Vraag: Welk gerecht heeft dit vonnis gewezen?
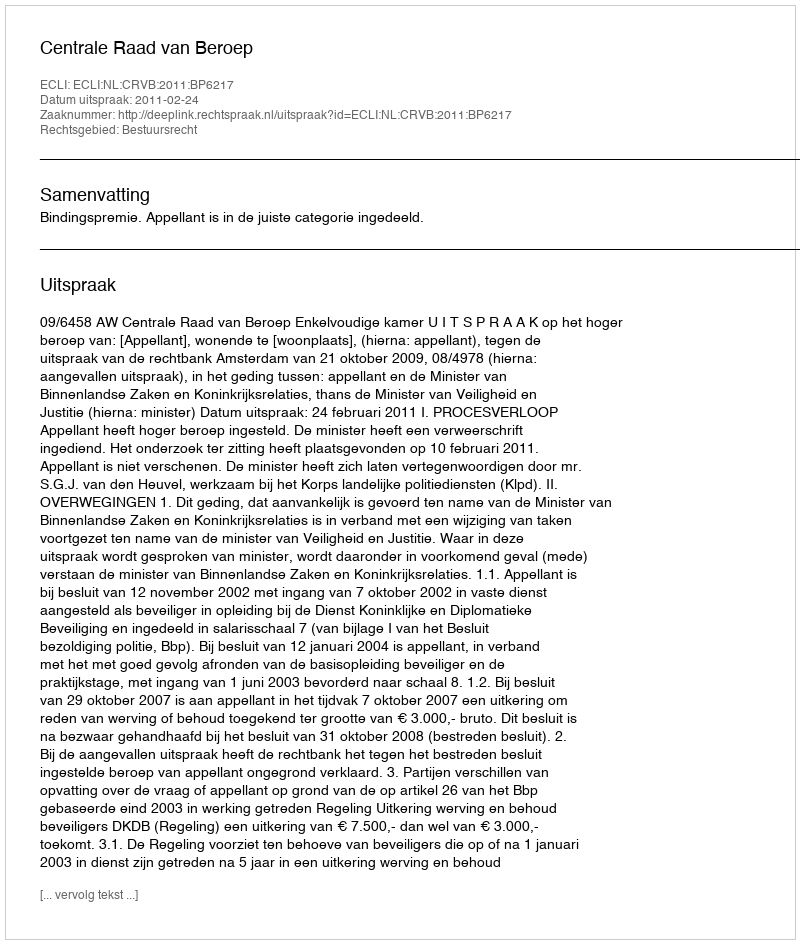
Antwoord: Centrale Raad van Beroep